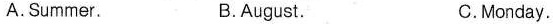
A. Summer. B. August. C. Monday.